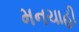
મનચાહી